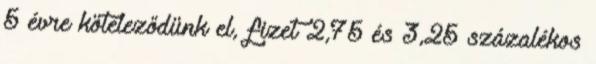
5 évre köteleződünk el, fizet 2,75 és 3,25 százalékos